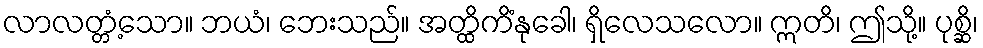
လာလတ္တံ့သော။ ဘယံ၊ ဘေးသည်။ အတ္ထိကိံနုခေါ၊ ရှိလေသလော။ ဣတိ၊ ဤသို့။ ပုစ္ဆိ၊